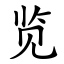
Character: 览